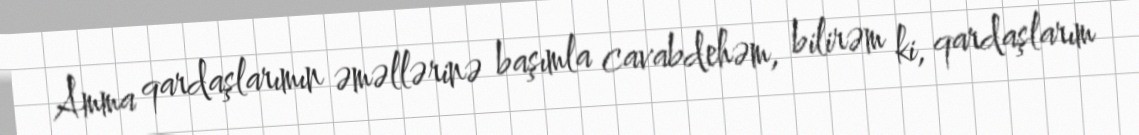
Amma qardaşlarımın əməllərinə başımla cavabdehəm, bilirəm ki, qardaşlarım